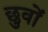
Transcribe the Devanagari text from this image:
छुवों